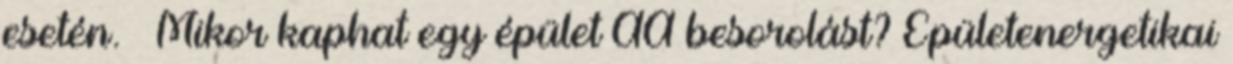
esetén. » Mikor kaphat egy épület AA besorolást? Épületenergetikai